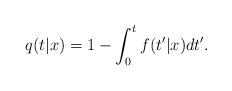
\begin{align*}q(t|x) = 1- \int_0^t f(t'|x) dt' .\end{align*}